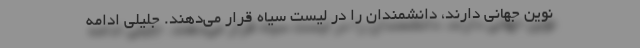
نوین جهانی دارند، دانشمندان را در لیست سیاه قرار می‌دهند. جلیلی ادامه